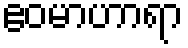
ဧဝမာဟာရာ